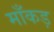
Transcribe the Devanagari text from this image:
माँकड़